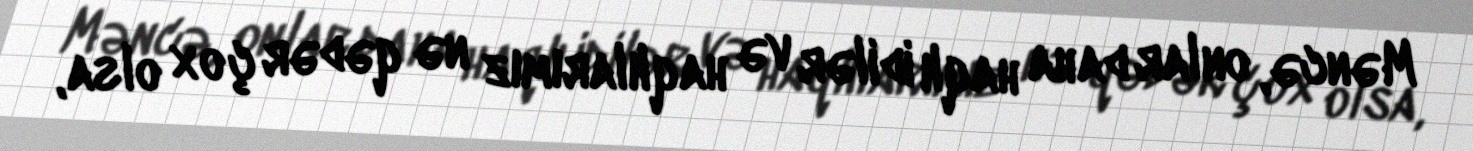
Məncə, onlar daha haqlı idilər və haqlılarımız nə qədər çox olsa,